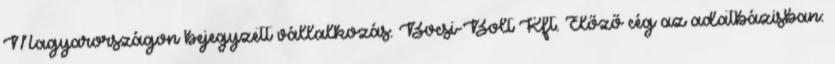
Magyarországon bejegyzett vállalkozás. Bocsi-Bolt Kft. Előző cég az adatbázisban: